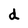
Character: d